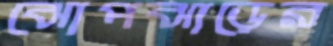
ঝোপঝাড়ের